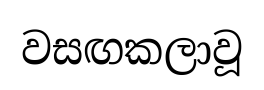
වසඟකලාවූ